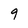
Character: 9